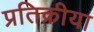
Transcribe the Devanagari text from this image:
प्रतिक्रीया